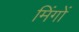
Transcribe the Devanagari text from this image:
मिंगों